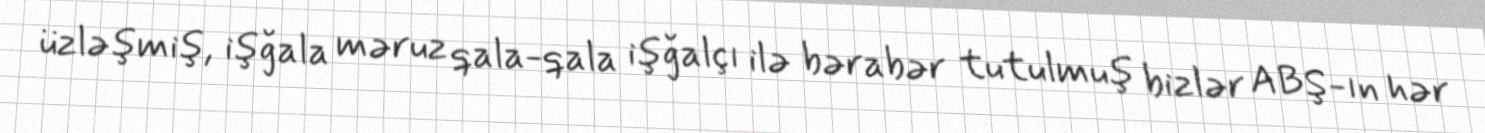
üzləşmiş, işğala məruz qala-qala işğalçı ilə bərabər tutulmuş bizlər ABŞ-ın hər